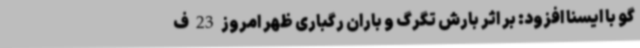
گو با ایسنا افزود: بر اثر بارش تگرگ و باران رگباری ظهر امروز 23 ف